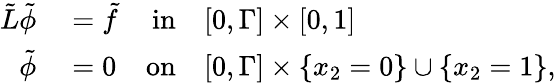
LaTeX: \begin{array}{rlrl}{\tilde{L}\tilde{\phi}}&{{}=\tilde{f}}&{\textnormal{in}}&{{}[0,\Gamma]\times[0,1]}\\ {\tilde{\phi}}&{{}=0}&{\textnormal{on}}&{{}[0,\Gamma]\times\lbrace x_{2}=0\rbrace\cup\lbrace x_{2}=1\rbrace,}\end{array}